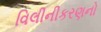
વિલીનીકરણનો